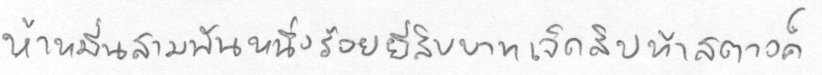
ห้าหมื่นสามพันหนึ่งร้อยยี่สิบบาทเจ็ดสิบห้าสตางค์